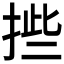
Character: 𰓿